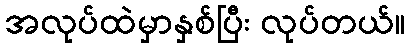
အလုပ်ထဲမှာနှစ်ပြီး လုပ်တယ်။